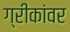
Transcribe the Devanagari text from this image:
ग्रीकांवर